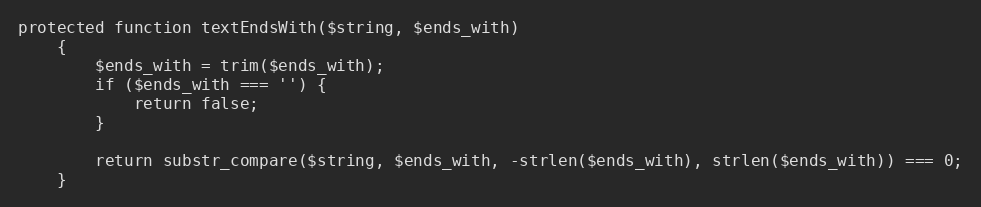
Language: PHP
protected function textEndsWith($string, $ends_with)
    {
        $ends_with = trim($ends_with);
        if ($ends_with === '') {
            return false;
        }

        return substr_compare($string, $ends_with, -strlen($ends_with), strlen($ends_with)) === 0;
    }